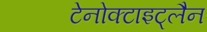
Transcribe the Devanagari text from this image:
टेनोक्टाइट्लैन